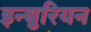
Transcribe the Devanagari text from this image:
इन्द्युरियन